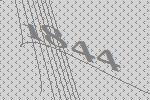
1844